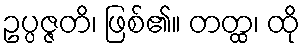
ဥပ္ပဇ္ဇတိ၊ ဖြစ်၏။ တတ္ထ၊ ထို